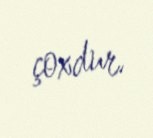
çoxdur.